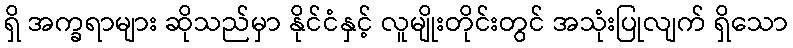
ရှိ အက္ခရာများ ဆိုသည်မှာ နိုင်ငံနှင့် လူမျိုးတိုင်းတွင် အသုံးပြုလျက် ရှိသော